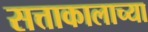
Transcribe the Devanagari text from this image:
सत्ताकालाच्या